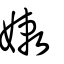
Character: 嫩